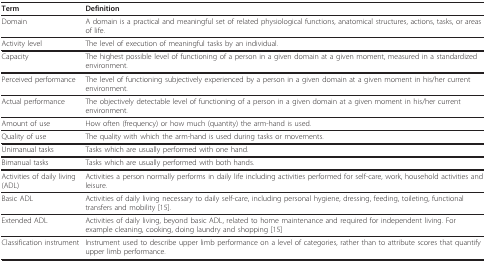
<table><thead><tr><td><b>Term</b></td><td><b>Definition</b></td></tr></thead><tbody><tr><td>Domain</td><td>A domain is a practical and meaningful set of related physiological functions, anatomical structures, actions, tasks, or areas of life.</td></tr><tr><td>Activity level</td><td>The level of execution of meaningful tasks by an individual.</td></tr><tr><td>Capacity</td><td>The highest possible level of functioning of a person in a given domain at a given moment, measured in a standardized environment.</td></tr><tr><td>Perceived performance</td><td>The level of functioning subjectively experienced by a person in a given domain at a given moment in his/her current environment.</td></tr><tr><td>Actual performance</td><td>The objectively detectable level of functioning of a person in a given domain at a given moment in his/her current environment.</td></tr><tr><td>Amount of use</td><td>How often (frequency) or how much (quantity) the arm-hand is used.</td></tr><tr><td>Quality of use</td><td>The quality with which the arm-hand is used during tasks or movements.</td></tr><tr><td>Unimanual tasks</td><td>Tasks which are usually performed with one hand.</td></tr><tr><td>Bimanual tasks</td><td>Tasks which are usually performed with both hands.</td></tr><tr><td>Activities of daily living (ADL)</td><td>Activities a person normally performs in daily life including activities performed for self-care, work, household activities and leisure.</td></tr><tr><td>Basic ADL</td><td>Activities of daily living necessary to daily self-care, including personal hygiene, dressing, feeding, toileting, functional transfers and mobility [15].</td></tr><tr><td>Extended ADL</td><td>Activities of daily living, beyond basic ADL, related to home maintenance and required for independent living. For example cleaning, cooking, doing laundry and shopping [15]</td></tr><tr><td>Classification instrument</td><td>Instrument used to describe upper limb performance on a level of categories, rather than to attribute scores that quantify upper limb performance.</td></tr></tbody></table>